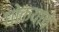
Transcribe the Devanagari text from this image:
घोक्याचे